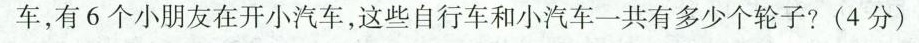
车，有6个小朋友在开小汽车，这些自行车和小汽车一共有多少个轮子?(4分)